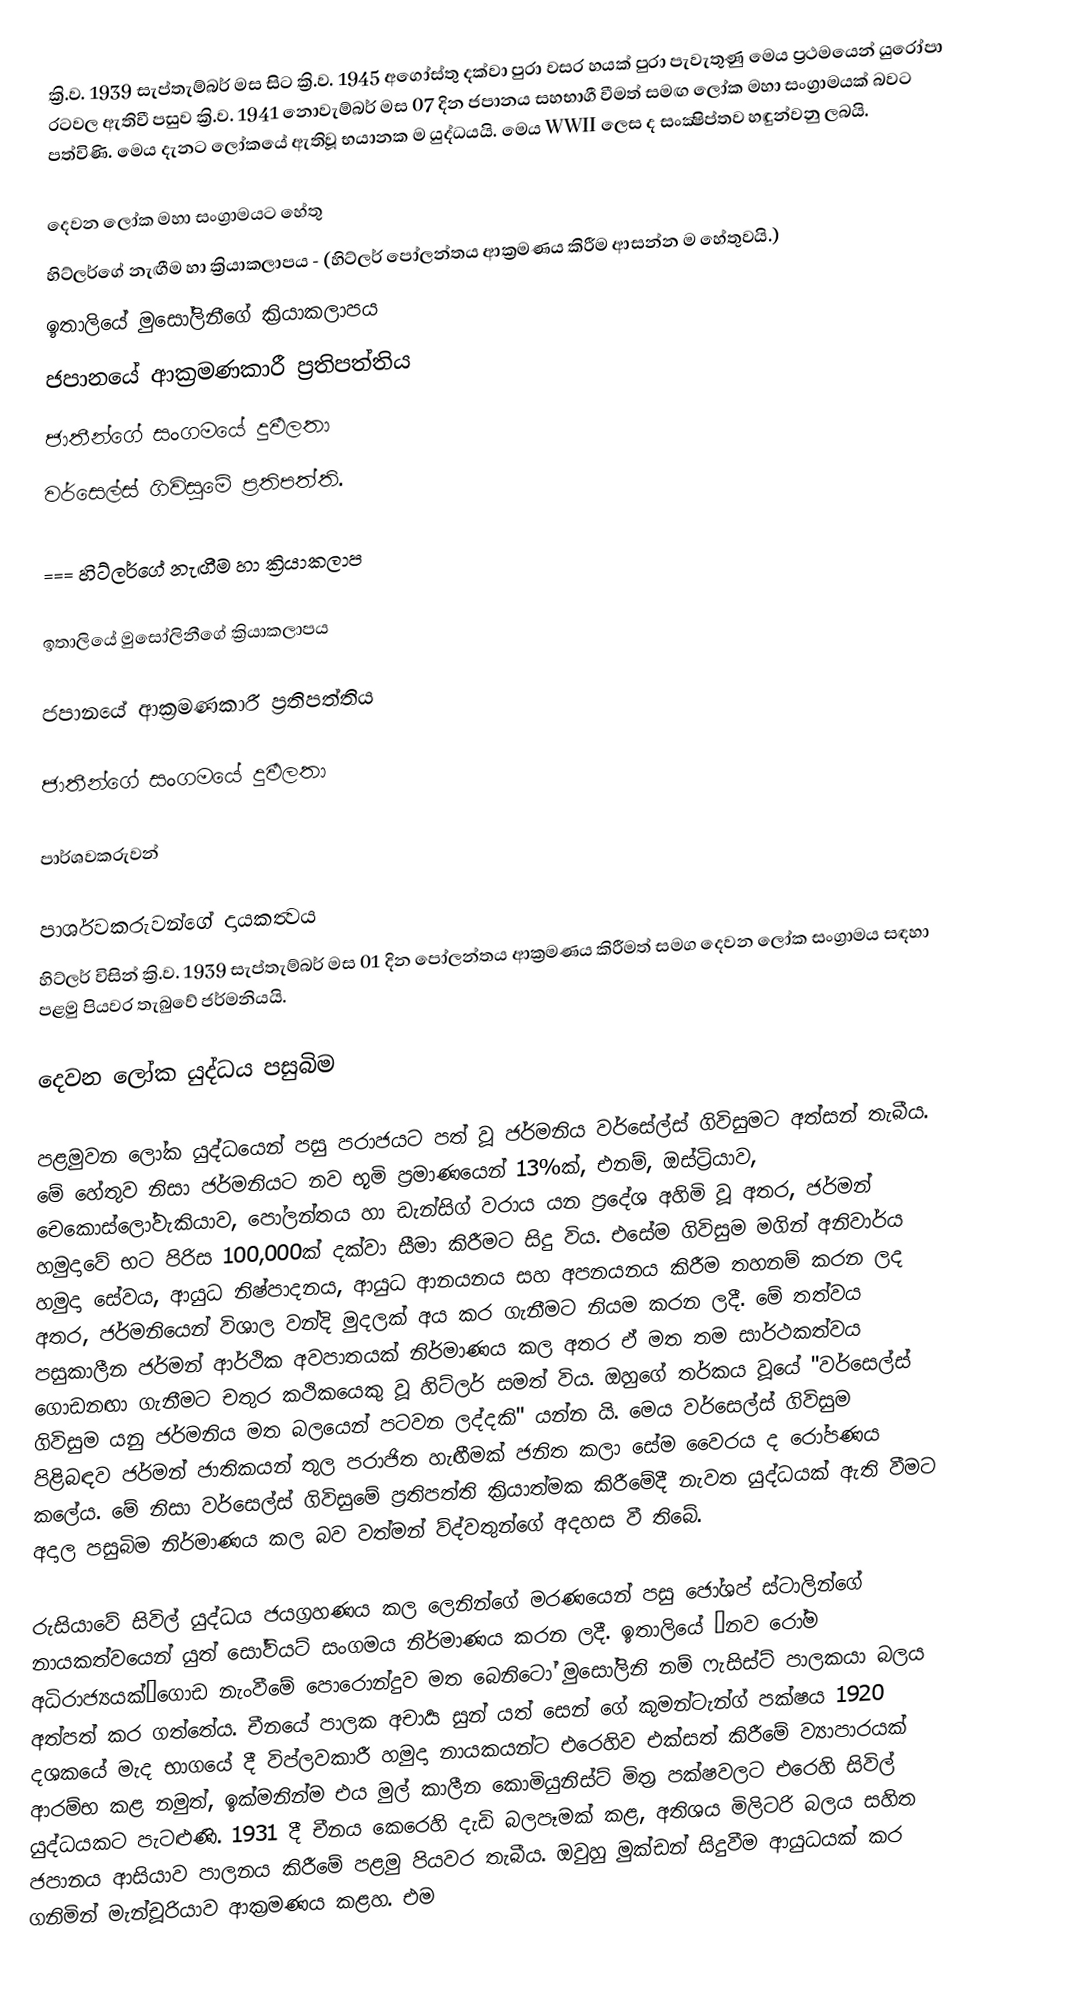
ක්‍රි.ව. 1939 සැප්තැම්බර් මස සිට ක්‍රි.ව. 1945 අගෝස්තු දක්වා පුරා වසර හයක් පුරා පැවැතුණු මෙය ප්‍රථමයෙන් යුරෝපා රටවල ඇතිවී පසුව ක්‍රි.ව. 1941 නොවැම්බර් මස 07 දින ජපානය සහභාගී වීමත් සමඟ ලෝක මහා සංග්‍රාමයක් බවට පත්විණි. මෙය දැනට ලෝකයේ ඇතිවූ භයානක ම යුද්ධයයි. මෙය WWII ලෙස ද සංක්‍ෂිප්තව හඳුන්වනු ලබයි.

දෙවන ලෝක මහා සංග්‍රාමයට හේතු
 හිට්ලර්ගේ නැඟීම හා ක්‍රියාකලාපය - (හිට්ලර් පෝලන්තය ආක්‍රමණය කිරීම ආසන්න ම හේතුවයි.)
 ඉතාලියේ මුසෝලිනීගේ ක්‍රියාකලාපය
 ජපානයේ ආක්‍රමණකාරී ප්‍රතිපත්තිය
 ජාතීන්ගේ සංගමයේ දුර්‍වලතා
 වර්සෙල්ස් ගිවිසුමේ ප්‍රතිපත්ති.

=== හිට්ලර්ගේ නැඟීම හා ක්‍රියාකලාප

ඉතාලියේ මුසෝලිනීගේ ක්‍රියාකලාපය

ජපානයේ ආක්‍රමණකාරී ප්‍රතිපත්තිය

ජාතීන්ගේ සංගමයේ දුර්‍වලතා

පාර්ශවකරුවන්

පාර්ශවකරුවන්ගේ දායකත්‍වය
හිට්ලර් විසින් ක්‍රි.ව. 1939 සැප්තැම්බර් මස 01 දින පෝලන්තය ආක්‍රමණය කිරීමත් සමග දෙවන ලෝක සංග්‍රාමය සඳහා පළමු පියවර තැබුවේ ජර්මනියයි.

දෙවන ලෝක යුද්ධය පසුබිම

පළමුවන ලෝක යුද්ධයෙන් පසු පරාජයට පත් වූ ජර්මනිය වර්සේල්ස් ගිවිසුමට අත්සන් තැබීය. මේ හේතුව නිසා ජර්මනියට නව භූමි ප්‍රමාණයෙන් 13%ක්, එනම්, ඔස්ට්‍රියාව, චෙකොස්ලෝවැකියාව, පෝලන්තය හා ඩැන්සිග් වරාය යන ප්‍රදේශ අහිමි වූ අතර, ජර්මන් හමුදාවේ භට පිරිස 100,000ක් දක්වා සීමා කිරීමට සිදු විය. එසේම ගිවිසුම මගින් අනිවාර්ය හමුදා සේවය, ආයුධ නිෂ්පාදනය, ආයුධ ආනයනය සහ අපනයනය කිරීම තහනම් කරන ලද අතර, ජර්මනියෙන් විශාල වන්දි මුදලක් අය කර ගැනීමට නියම කරන ලදී. මේ තත්වය පසුකාලීන ජර්මන් ආර්ථික අවපාතයක් නිර්මාණය කල අතර ඒ මත තම සාර්ථකත්වය ගොඩනඟා ගැනීමට චතුර කථිකයෙකු වූ හිට්ලර් සමත් විය. ඔහුගේ තර්කය වූයේ "වර්සෙල්ස් ගිවිසුම යනු ජර්මනිය මත බලයෙන් පටවන ලද්දකි" යන්න යි. මෙය වර්සෙල්ස් ගිවිසුම පිළිබඳව ජර්මන් ජාතිකයන් තුල පරාජිත හැඟීමක් ජනිත කලා සේම වෛරය ද රෝපණය කලේය. මේ නිසා වර්සෙල්ස් ගිවිසුමේ ප්‍රතිපත්ති ක්‍රියාත්මක කිරීමේදී නැවත යුද්ධයක් ඇති වීමට අදාල පසුබිම නිර්මාණය කල බව වත්මන් ව්ද්වතුන්ගේ අදහස වී තිබේ.

රුසියාවේ සිවිල් යුද්ධය ජයග්‍රහණය කල ලෙනින්ගේ මරණයෙන් පසු ජෝශප් ස්ටාලින්ගේ නායකත්වයෙන් යුත් සෝවියට් සංගමය නිර්මාණය කරන ලදී. ඉතාලියේ ‘නව රෝම අධිරාජ්‍යයක්’ගොඩ නැංවීමේ පොරොන්දුව මත බෙනිටෝ මුසෝලිනි නම් ෆැසිස්ට් පාලකයා බලය අත්පත් කර ගත්තේය. චීනයේ පාලක අචාර්‍ය සුන් යත් සෙන් ගේ කුමන්ටැන්ග් පක්ෂය 1920 දශකයේ මැද භාගයේ දී විප්ලවකාරී හමුදා නායකයන්ට එරෙහිව එක්සත් කිරීමේ ව්‍යාපාරයක් ආරම්භ කළ නමුත්, ඉක්මනින්ම එය මුල් කාලීන කොමියුනිස්ට් මිත‍්‍ර පක්ෂවලට එරෙහි සිවිල් යුද්ධයකට පැටළුණි. 1931 දී චීනය කෙරෙහි දැඩි බලපෑමක් කළ, අතිශය මිලිටරි බලය සහිත ජපානය ආසියාව පාලනය කිරීමේ පළමු පියවර තැබීය. ඔවුහු මුක්ඩන් සිදුවීම ආයුධයක් කර ගනිමින් මැන්චූරියාව ආක‍්‍රමණය කළහ. එම